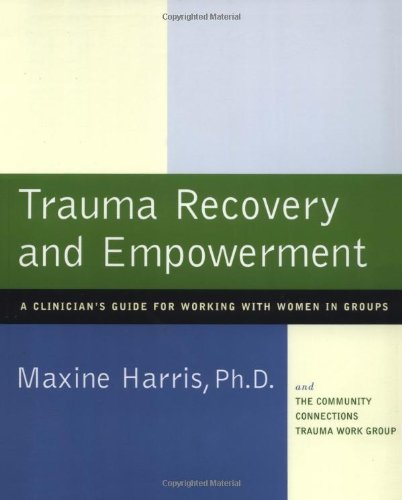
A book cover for Trauma Recovery and Empowerment: A Clinician's Guide for Working with Women in Groups; Maxine Harris; Health, Fitness & Dieting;